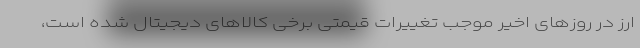
ارز در روزهای اخیر موجب تغییرات قیمتی برخی کالاهای دیجیتال شده است،